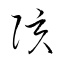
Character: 陔